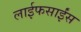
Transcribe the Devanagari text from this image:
लाईफसाईंस